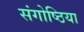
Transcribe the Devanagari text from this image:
संगोष्ठिया